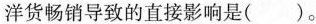
洋货畅销导致的直接影响是()。